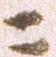
ニ